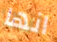
انها